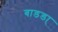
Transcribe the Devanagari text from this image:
बाडडा्